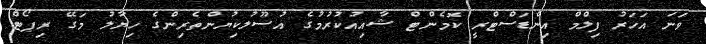
ވަނަ އަހަރު ފިލްމް އިންޑަސްޓްރީ ކޮމެންޓް ޝާއިއުކުރުމުގެ އުސޫލުކިޔުންތެރިންގެ ހިޔާލު މަގޭ ރިޕޯޓް